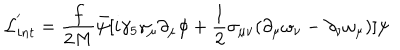
LaTeX: { \cal L } _ { i n t } ^ { ' } = \frac { f } { 2 M } \bar { \psi } [ i \gamma _ { 5 } \gamma _ { \mu } \partial _ { \mu } \phi + \frac { 1 } { 2 } \sigma _ { \mu \nu } ( \partial _ { \mu } \omega _ { \nu } - \partial _ { \nu } \omega _ { \mu } ) ] \psi